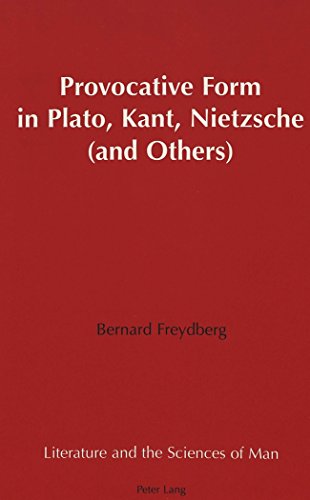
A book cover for Provocative Form in Plato, Kant, Nietzsche (and Others); Bernard Freydberg; Politics & Social Sciences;